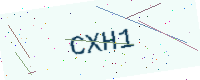
Text: CXH1